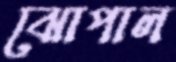
ঝোপাল